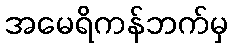
အမေရိကန်ဘက်မှ